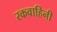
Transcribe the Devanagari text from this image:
रकवाहिनी